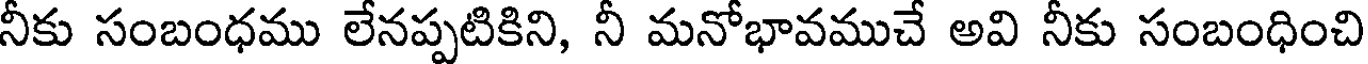
నీకు సంబంధము లేనప్పటికిని, నీ మనోభావముచే అవి నీకు సంబంధించి